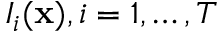
I _ { i } ( { \bf x } ) , i = 1 , \dots , T